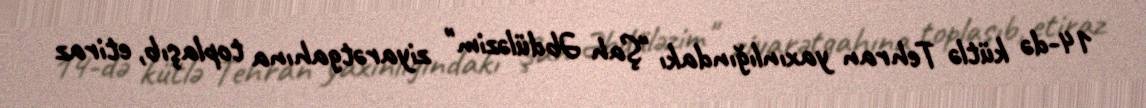
14-də kütlə Tehran yaxınlığındakı "Şah Əbdüləzim" ziyarətgahına toplaşıb, etiraz